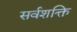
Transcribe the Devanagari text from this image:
सर्वशक्ति